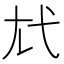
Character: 𢍽